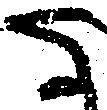
な